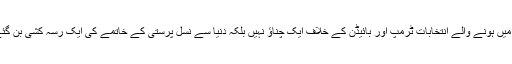
نومبر میں ہونے والے انتخابات ٹرمپ اور بائیڈن کے خلاف ایک چناؤ نہیں بلکہ دنیا سے نسل پرستی کے خاتمے کی ایک رسہ کشی بن گئے ہیں۔